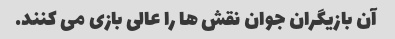
آن بازیگران جوان نقش ها را عالی بازی می کنند.